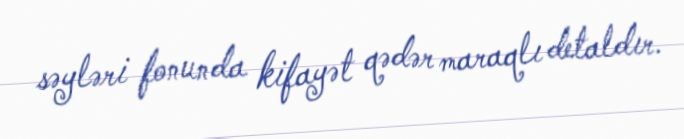
səyləri fonunda kifayət qədər maraqlı detaldır.